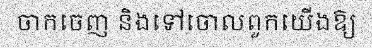
ចាកចេញ និងទៅចោលពួកយើងឱ្យ